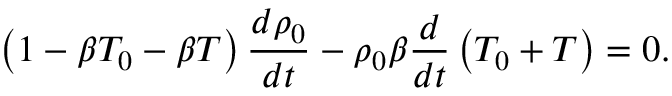
\left( 1 - \beta T _ { 0 } - \beta T \right) \frac { d \rho _ { 0 } } { d t } - \rho _ { 0 } \beta \frac { d } { d t } \left( T _ { 0 } + T \right) = 0 .